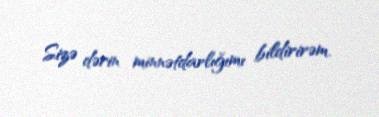
Sizə dərin minnətdarlığımı bildirirəm.